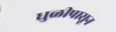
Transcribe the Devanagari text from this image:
धुळीपासून